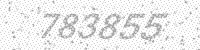
Solution: 783855